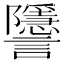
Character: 𧮐